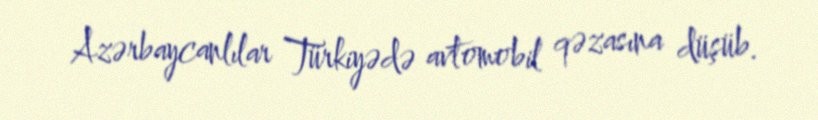
Azərbaycanlılar Türkiyədə avtomobil qəzasına düşüb.